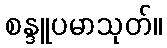
စန္ဒူပမာသုတ်။